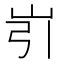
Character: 𱛐